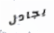
يجادل